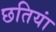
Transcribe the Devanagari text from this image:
छतियां